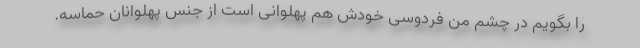
را بگویم در چشم من فردوسی خودش هم پهلوانی است از جنس پهلوانان حماسه.